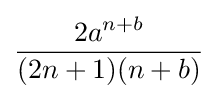
{\frac {2a^{n+b}}{(2n+1)(n+b)}}